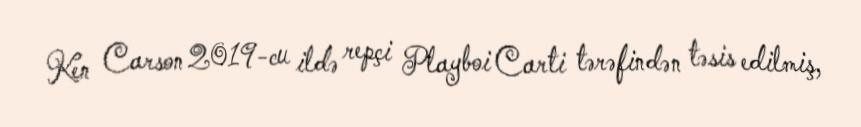
Ken Carson 2019-cu ildə repçi Playboi Carti tərəfindən təsis edilmiş,